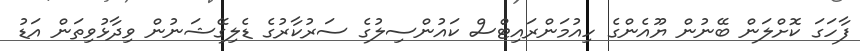
ފާހަގަ ކޮށްލަން ބޭނުން ޔޫއެންގެ ހިއުމަންރައިޓްސް ކައުންސިލުގެ ސަރުކާރުގެ ޑެލިގޭޝަނުން ވިދާޅުވިތަން އަޑު